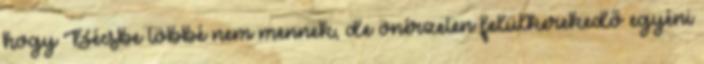
hogy Bécsbe többé nem mennek, de önérzeten felülkerekedő egyéni